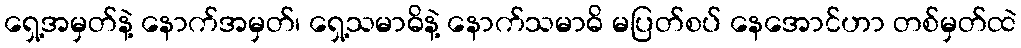
ရှေ့အမှတ်နဲ့ နောက်အမှတ်၊ ရှေ့သမာဓိနဲ့ နောက်သမာဓိ မပြတ်စပ် နေအောင်ဟာ တစ်မှတ်ထဲ